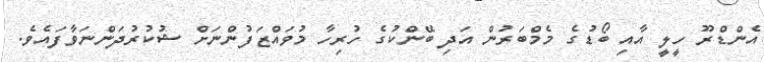
އެންޑްރޫ ހީލީ އާއި ބޯޑުގެ މެމްބަރުން އަދި ބޭންކުގެ ހުރިހާ މުވައްޒަފުންނަށް ޝުކުރުދަންނަވާފައެވެ.